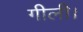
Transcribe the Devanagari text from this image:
गीली।